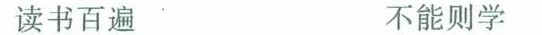
读书百遍 不能则学